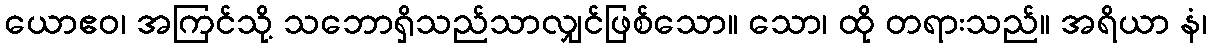
ယောဧဝ၊ အကြင်သို့ သဘောရှိသည်သာလျှင်ဖြစ်သော။ သော၊ ထို တရားသည်။ အရိယာ နံ၊